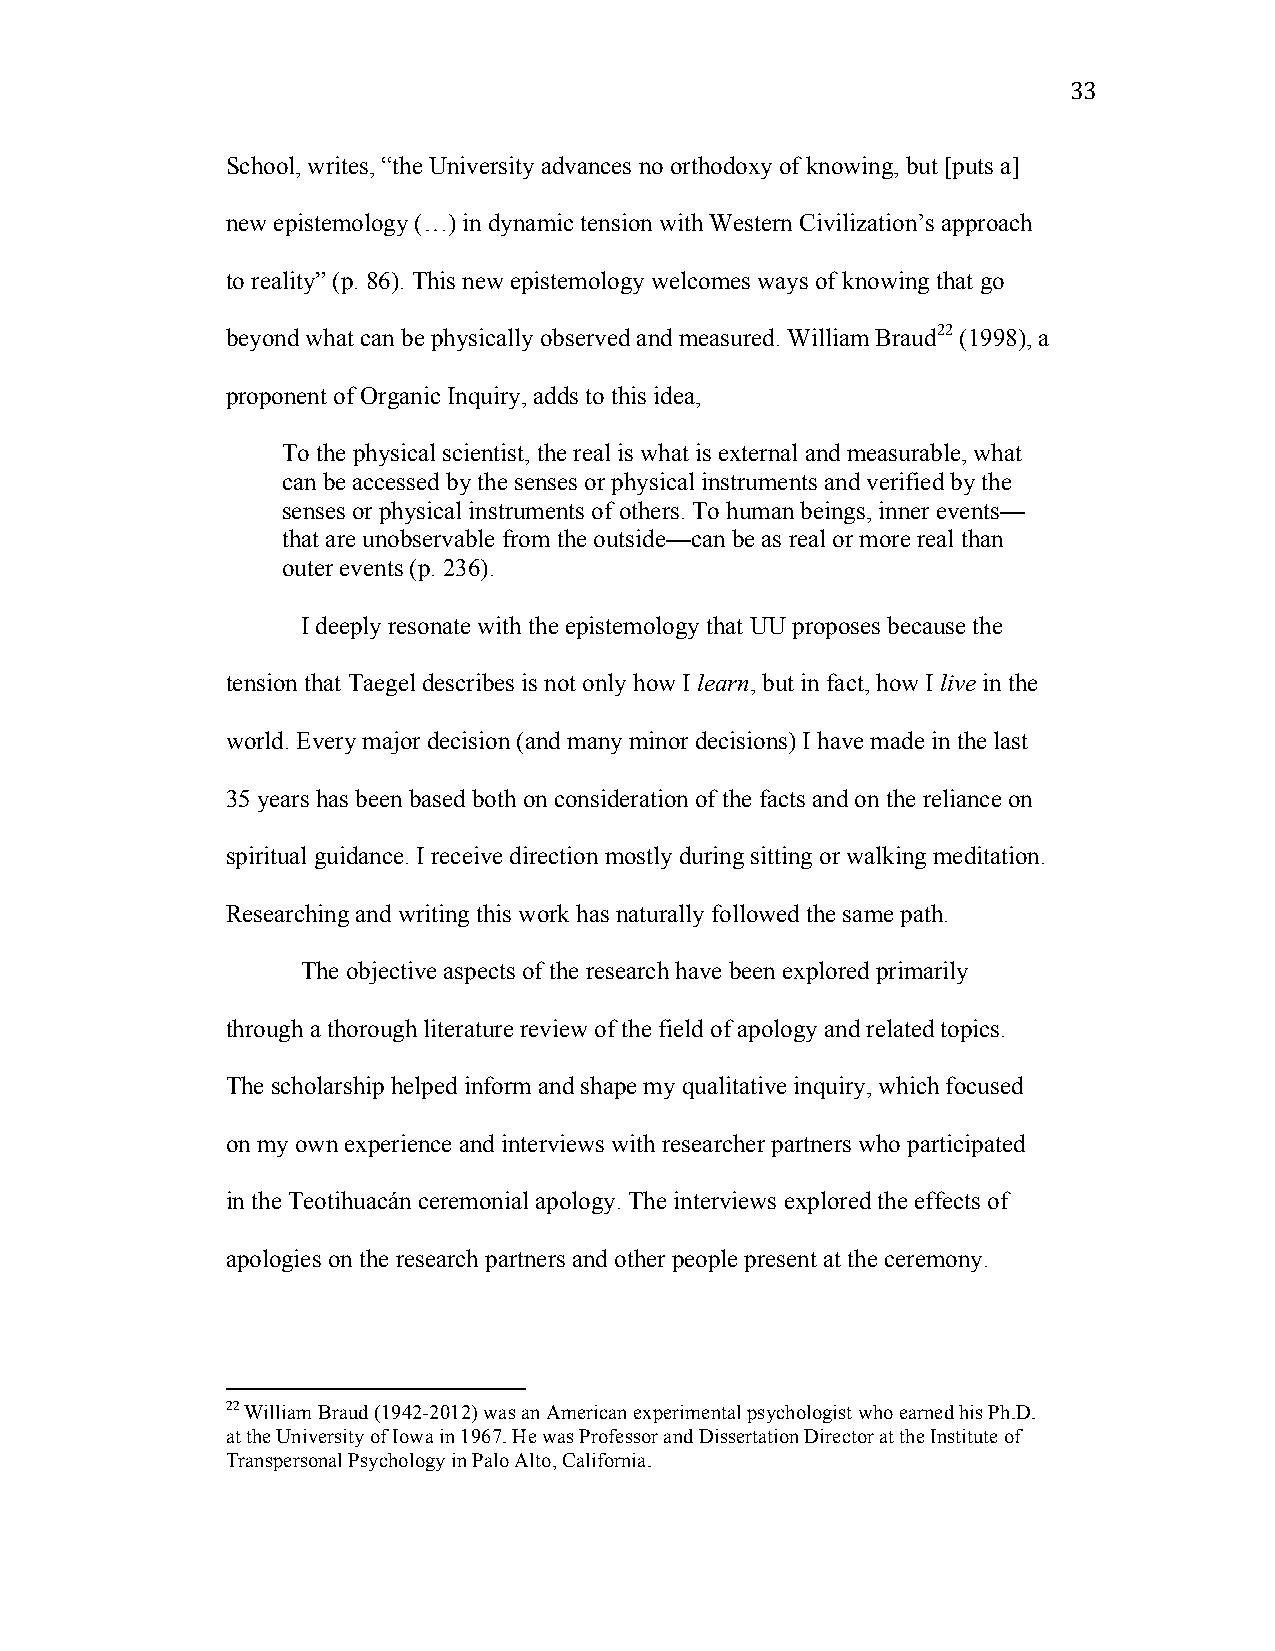
33
 School, writes, “the University advances no orthodoxy of knowing, but [puts a]
 new epistemology (…) in dynamic tension with Western Civilization’s approach
 to reality” (p. 86). This new epistemology welcomes ways of knowing that go
 beyond what can be physically observed and measured. William Braud22 (1998), a
 proponent of Organic Inquiry, adds to this idea,
 To the physical scientist, the real is what is external and measurable, what
 can be accessed by the senses or physical instruments and verified by the
 senses or physical instruments of others. To human beings, inner events—
 that are unobservable from the outside—can be as real or more real than
 outer events (p. 236).
 I deeply resonate with the epistemology that UU proposes because the
 tension that Taegel describes is not only how I learn, but in fact, how I live in the
 world. Every major decision (and many minor decisions) I have made in the last
 35 years has been based both on consideration of the facts and on the reliance on
 spiritual guidance. I receive direction mostly during sitting or walking meditation.
 Researching and writing this work has naturally followed the same path.
 The objective aspects of the research have been explored primarily
 through a thorough literature review of the field of apology and related topics.
 The scholarship helped inform and shape my qualitative inquiry, which focused
 on my own experience and interviews with researcher partners who participated
 in the Teotihuacán ceremonial apology. The interviews explored the effects of
 apologies on the research partners and other people present at the ceremony.
 22 William Braud (1942-2012) was an American experimental psychologist who earned his Ph.D.
 at the University of Iowa in 1967. He was Professor and Dissertation Director at the Institute of
 Transpersonal Psychology in Palo Alto, California.